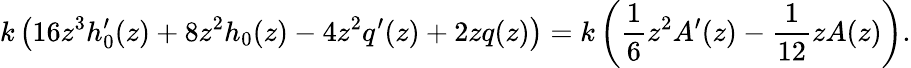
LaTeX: k\left(16z^{3}h_{0}^{\prime}(z)+8z^{2}h_{0}(z)-4z^{2}q^{\prime}(z)+2zq(z)\right)=k\left(\frac{1}{6}z^{2}A^{\prime}(z)-\frac{1}{12}zA(z)\right).